Cholera in southern India
Disease focus: Cholera
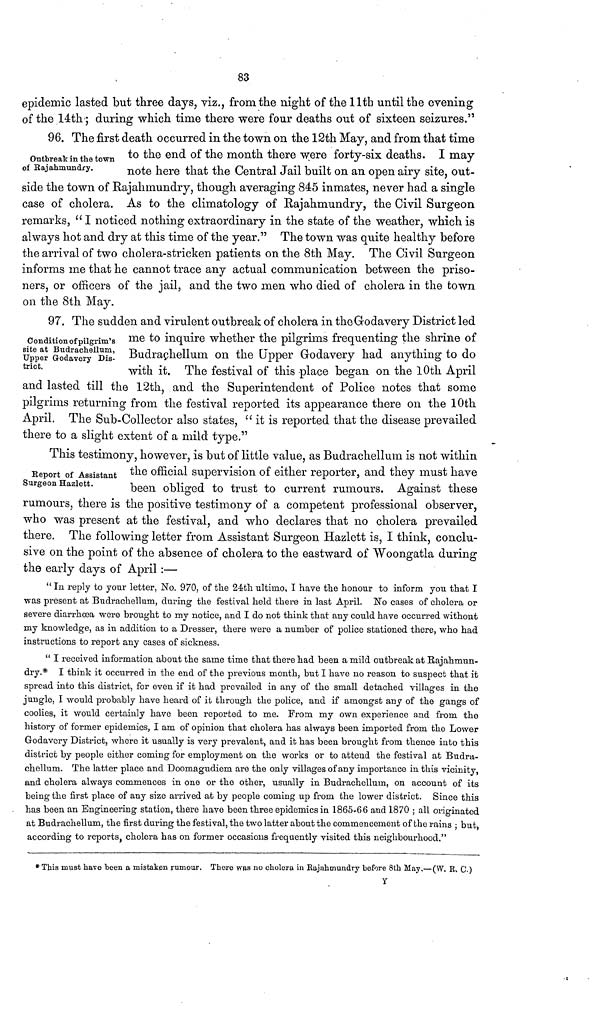
83
epidemic lasted but three days, viz., from the night of the 11th until the evening
of the 14th ; during which time there were four deaths out of sixteen seizures."
Outbreak in the town
of Rajahmundry.
96. The first death occurred in the town on the 12th May, and from that time
to the end of the month there were forty-six deaths. I may
note here that the Central Jail built on an open airy site, out-
side the town of Rajahmundry, though averaging 845 inmates, never had a single
case of cholera. As to the climatology of Rajahmundry, the Civil Surgeon
remarks, "I noticed nothing extraordinary in the state of the weather, which is
always hot and dry at this time of the year." The town was quite healthy before
the arrival of two cholera-stricken patients on the 8th May. The Civil Surgeon
informs me that he cannot trace any actual communication between the priso-
ners, or officers of the jail, and the two men who died of cholera in the town
on the 8th May.
Condition of pilgrim's
site at Budrachellum,
Upper Godavery Dis-
trict.
97. The sudden and virulent outbreak of cholera in the Godavery District led
me to inquire whether the pilgrims frequenting the shrine of
Budrachellum on the Upper Godavery had anything to do
with it. The festival of this place began on the 10th April
and lasted till the 12th, and the Superintendent of Police notes that some
pilgrims returning from the festival reported its appearance there on the 10th
April. The Sub-Collector also states, " it is reported that the disease prevailed
there to a slight extent of a mild type."
Report of Assistant
Surgeon Hazlett.
This testimony, however, is but of little value, as Budrachellum is not within
the official supervision of either reporter, and they must have
been obliged to trust to current rumours. Against these
rumours, there is the positive testimony of a competent professional observer,
who was present at the festival, and who declares that no cholera prevailed
there. The following letter from Assistant Surgeon Hazlett is, I think, conclu-
sive on the point of the absence of cholera to the eastward of Woongatla during
the early days of April :—
" In reply to your letter, No. 970, of the 24th ultimo, I have the honour to inform you that I
was present at Budrachellum, during the festival held there in last April. No cases of cholera or
severe diarrhoea were brought to my notice, and I do not think that any could have occurred without
my knowledge, as in addition to a Dresser, there were a number of police stationed there, who had
instructions to report any cases of sickness.
" I received information about the same time that there had been a mild outbreak at Rajahmun-
dry.* I think it occurred in the end of the previous month, but I have no reason to suspect that it
spread into this district, for even if it had prevailed in any of the small detached villages in the
jungle, I would probably have heard of it through the police, and if amongst any of the gangs of
coolies, it would certainly have been reported to me. Prom my own experience and from the
history of former epidemics, I am of opinion that cholera has always been imported from the Lower
Godavery District, where it usually is very prevalent, and it has been brought from thence into this
district by people either coming for employment on the works or to attend the festival at Budra-
chellum. The latter place and Doomagudiem are the only villages of any importance in this vicinity,
and cholera always commences in one or the other, usually in Budrachellum, on account of its
being the first place of any size arrived at by people coming up from the lower district. Since this
has been an Engineering station, there have been three epidemics in 1865-66 and 1870 ; all originated
at Budrachellum, the first during the festival, the two latter about the commencement of the rains ; but,
according to reports, cholera has on former occasions frequently visited this neighbourhood."
* This must have been a mistaken rumour. There was no cholera in Rajahmundry before 8th May.— (W. B. C.)
y